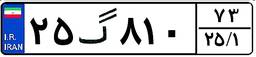
۷۸گ۷۲۷۹۸